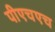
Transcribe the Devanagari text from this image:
पीएचएच